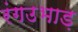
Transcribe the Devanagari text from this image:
रंगउभाड़